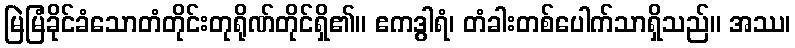
မြဲမြံခိုင်ခံသောတံတိုင်းတုရိုဏ်တိုင်ရှိ၏။ ဧကဒွါရံ၊ တံခါးတစ်ပေါက်သာရှိသည်။ အဿ၊